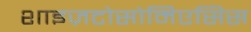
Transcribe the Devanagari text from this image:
शाइज़टोसोमिएसिस